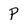
Character: P